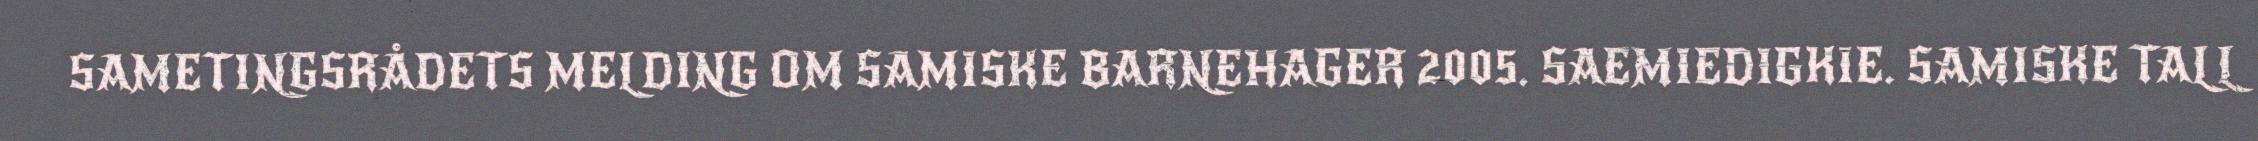
SAMETINGSRÅDETS MELDING OM SAMISKE BARNEHAGER 2005. SAEMIEDIGKIE. SAMISKE TALL